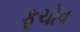
ફૂચોવ